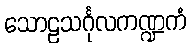
သောဠသင်္ဂုလကဏ္ဍကံ